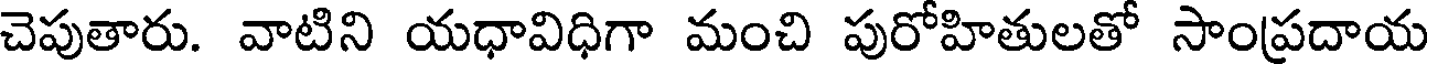
చెపుతారు. వాటిని యధావిధిగా మంచి పురోహితులతో సాంప్రదాయ